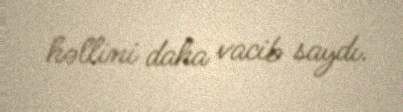
həllini daha vacib saydı.